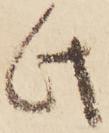
此